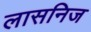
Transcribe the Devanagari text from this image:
लासनिज